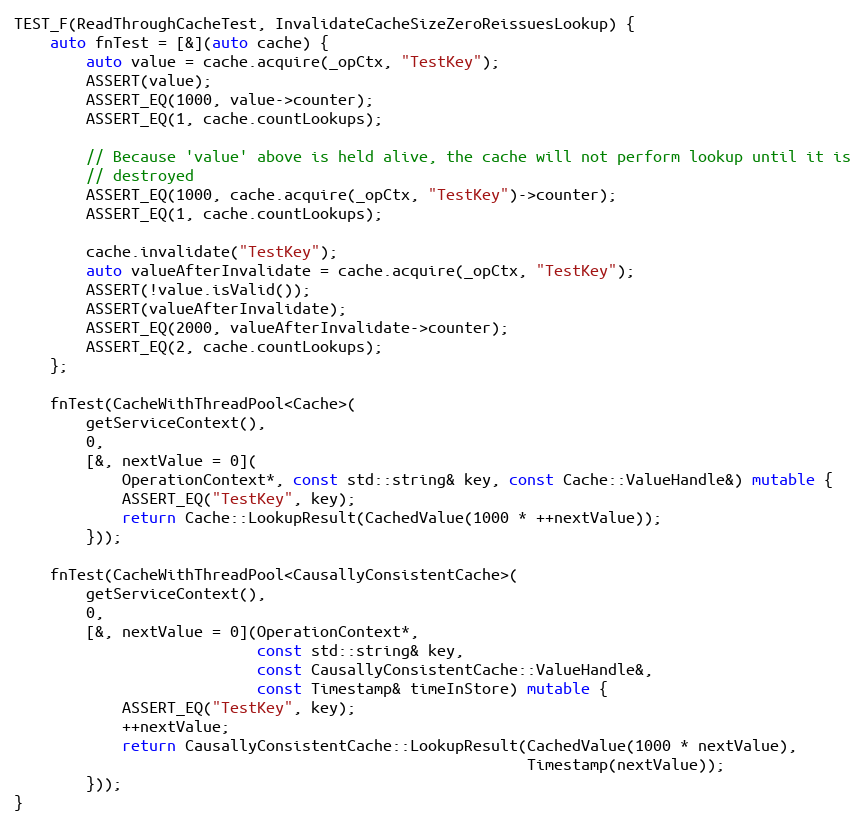
Language: C++
TEST_F(ReadThroughCacheTest, InvalidateCacheSizeZeroReissuesLookup) {
    auto fnTest = [&](auto cache) {
        auto value = cache.acquire(_opCtx, "TestKey");
        ASSERT(value);
        ASSERT_EQ(1000, value->counter);
        ASSERT_EQ(1, cache.countLookups);

        // Because 'value' above is held alive, the cache will not perform lookup until it is
        // destroyed
        ASSERT_EQ(1000, cache.acquire(_opCtx, "TestKey")->counter);
        ASSERT_EQ(1, cache.countLookups);

        cache.invalidate("TestKey");
        auto valueAfterInvalidate = cache.acquire(_opCtx, "TestKey");
        ASSERT(!value.isValid());
        ASSERT(valueAfterInvalidate);
        ASSERT_EQ(2000, valueAfterInvalidate->counter);
        ASSERT_EQ(2, cache.countLookups);
    };

    fnTest(CacheWithThreadPool<Cache>(
        getServiceContext(),
        0,
        [&, nextValue = 0](
            OperationContext*, const std::string& key, const Cache::ValueHandle&) mutable {
            ASSERT_EQ("TestKey", key);
            return Cache::LookupResult(CachedValue(1000 * ++nextValue));
        }));

    fnTest(CacheWithThreadPool<CausallyConsistentCache>(
        getServiceContext(),
        0,
        [&, nextValue = 0](OperationContext*,
                           const std::string& key,
                           const CausallyConsistentCache::ValueHandle&,
                           const Timestamp& timeInStore) mutable {
            ASSERT_EQ("TestKey", key);
            ++nextValue;
            return CausallyConsistentCache::LookupResult(CachedValue(1000 * nextValue),
                                                         Timestamp(nextValue));
        }));
}